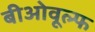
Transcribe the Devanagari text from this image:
बीओवूल्फ